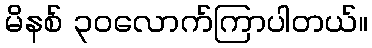
မိနစ် ၃၀လောက်ကြာပါတယ်။